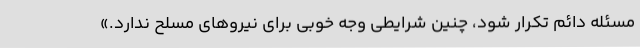
مسئله دائم تکرار شود، چنین شرایطی وجه خوبی برای نیروهای مسلح ندارد.»